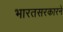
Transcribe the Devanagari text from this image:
भारतसरकारने